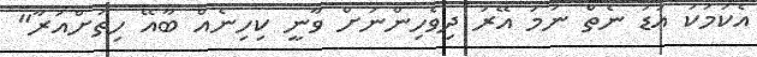
އެކަމަކު އަޑު ނެތް ނަމަ އޭރު ދިވެހިންނަށް ވާނީ ކިހިނެއް ބާއޭ ހިތަށްއަރާ"